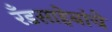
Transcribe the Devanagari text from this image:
रँडसाहेबांचे